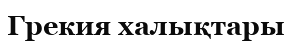
Грекия халықтары